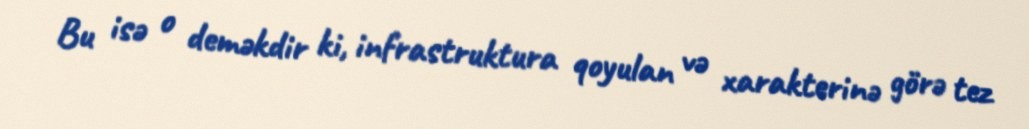
Bu isə o deməkdir ki, infrastruktura qoyulan və xarakterinə görə tez